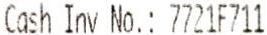
CASH INV NO.: 7721F711